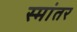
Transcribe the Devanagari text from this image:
स्मांतर